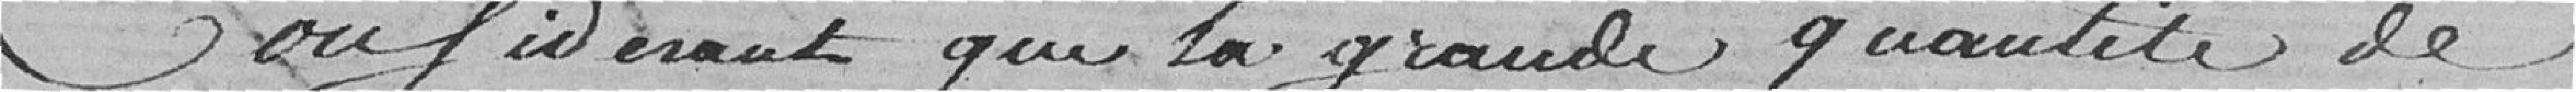
Considérant que la grande quantité de